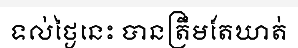
ទល់ថ្ងៃនេះ បានត្រឹមតែឃាត់